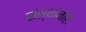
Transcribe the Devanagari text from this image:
संस्थांनीही